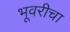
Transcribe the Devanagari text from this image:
भूवरीचा